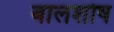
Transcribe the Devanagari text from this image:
बालशोष